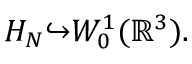
H _ { N } { \hookrightarrow } W _ { 0 } ^ { 1 } ( { \mathbb R } ^ { 3 } ) .